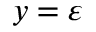
y = \varepsilon